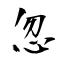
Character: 忽